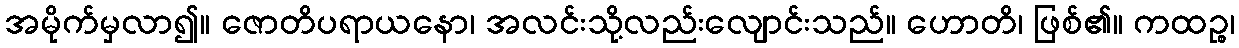
အမိုက်မှလာ၍။ ဇောတိပရာယနော၊ အလင်းသို့လည်းလျောင်းသည်။ ဟောတိ၊ ဖြစ်၏။ ကထဉ္စ၊